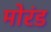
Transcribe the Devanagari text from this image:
मोरंड